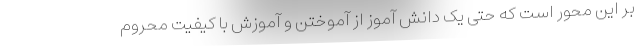
بر این محور است که حتی یک دانش آموز از آموختن و آموزش با کیفیت محروم